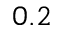
0 . 2